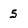
Character: 5